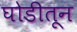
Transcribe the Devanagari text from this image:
घोडीतून